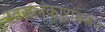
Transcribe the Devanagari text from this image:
स्वरालंकारांवरून